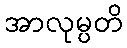
အာလုမ္ပတိ